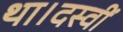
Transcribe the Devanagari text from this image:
था।दस्वीं